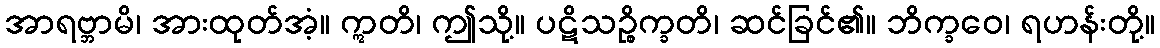
အာရဗ္ဘာမိ၊ အားထုတ်အံ့။ ဣတိ၊ ဤသို့။ ပဋိသဉ္စိက္ခတိ၊ ဆင်ခြင်၏။ ဘိက္ခဝေ၊ ရဟန်းတို့။